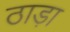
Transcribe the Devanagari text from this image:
ठाड़ा